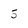
Character: 5